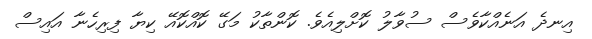
އިނދެ އަނެއްކާވެސް ސުވާލު ކޮށްލިއެވެ. ކޮންތާކު މަގޭ ކޮއްކޮއޭ ކިޔާ ފިރިހެނާ އައިސް